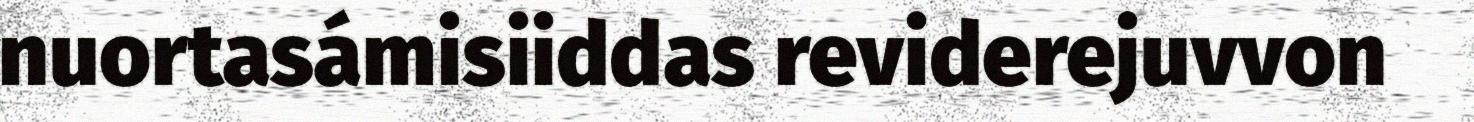
nuortasámisiiddas reviderejuvvon